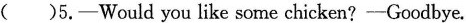
( )5.-Would you like some chicken?-Goodbye.